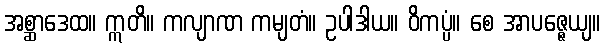
အစ္ဆာဒေထ။ ဣတိ။ ကလျာဏ ကမျတံ။ ဥပါဒါယ။ ဝိကပ္ပံ။ စေ အာပဇ္ဇေယျ။